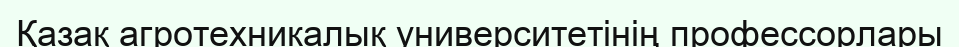
Қазақ агротехникалық университетінің профессорлары